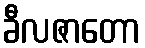
ခီလဇာတော